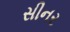
સીનર